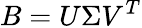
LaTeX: B=U\Sigma V^{T}